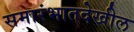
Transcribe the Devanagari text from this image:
समारंभातदेखील